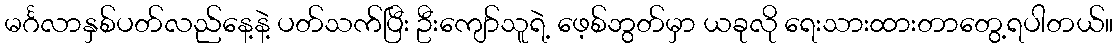
မင်္ဂလာနှစ်ပတ်လည်နေ့နဲ့ ပတ်သက်ပြီး ဦးကျော်သူရဲ့ ဖေ့စ်ဘွတ်မှာ ယခုလို ရေးသားထားတာတွေ့ရပါတယ်။